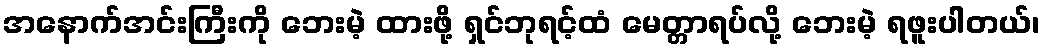
အနောက်အင်းကြီးကို ဘေးမဲ့ ထားဖို့ ရှင်ဘုရင့်ထံ မေတ္တာရပ်လို့ ဘေးမဲ့ ရဖူးပါတယ်၊